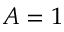
A = 1